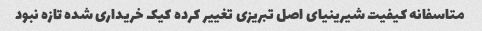
متاسفانه کیفیت شیرینیای اصل تبریزی تغییر کرده کیک خریداری شده تازه نبود